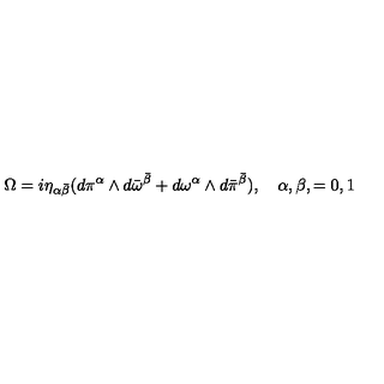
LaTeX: \Omega = i \eta _ { \alpha { \bar { \beta } } } ( d \pi ^ { \alpha } \wedge d { \bar { \omega } } ^ { \bar { \beta } } + d { \omega } ^ { \alpha } \wedge d { \bar { \pi } } ^ { { \bar { \beta } } } ) , \quad \alpha , \beta , = 0 , 1